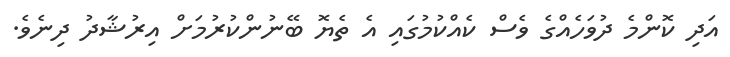
އަދި ކޮންމެ ދުވަހެއްގެ ވެސް ކެއްކުމުގައި އެ ތެޔޮ ބޭނުންކުރުމަށް އިރުޝާދު ދިނެވެ.